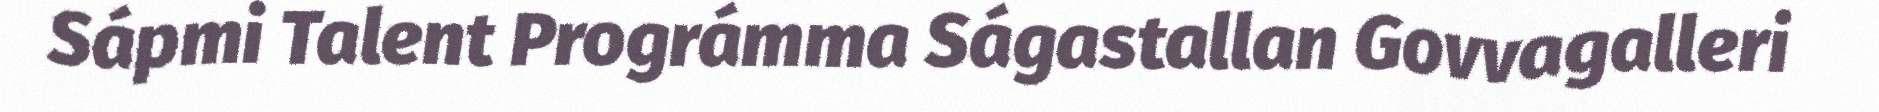
Sápmi Talent Prográmma Ságastallan Govvagalleri